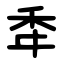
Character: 䄵